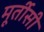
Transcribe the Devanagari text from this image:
मूर्तीसी